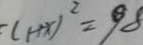
( 1 + x ) ^ { 2 } = 9 8